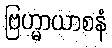
ဗြဟ္မာယာစနံ